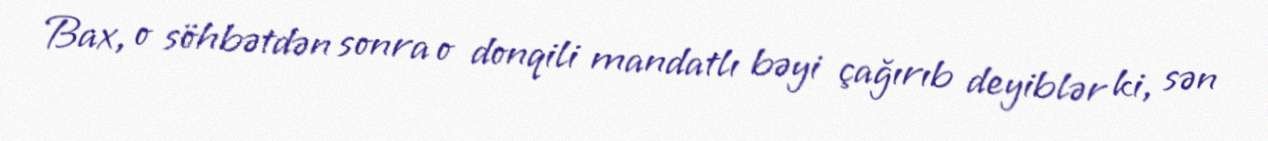
Bax, o söhbətdən sonra o donqili mandatlı bəyi çağırıb deyiblər ki, sən